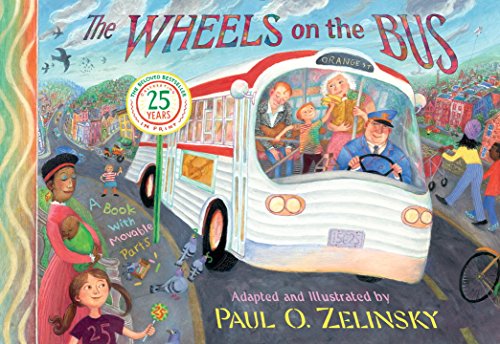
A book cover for The Wheels on the Bus; Paul O. Zelinsky; Children's Books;